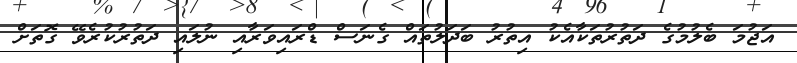
އަޖުމަ ބެލުމުގެ ދަތުރުތަކާއެކު އިތުރު ބަދަލުތައް ގެނަސް ޑްރައިވަރާއި ނުލައި ދަތުރުކުރެވޭ ގޮތަށް